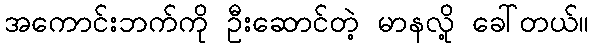
အကောင်းဘက်ကို ဦးဆောင်တဲ့ မာနလို့ ခေါ်တယ်။